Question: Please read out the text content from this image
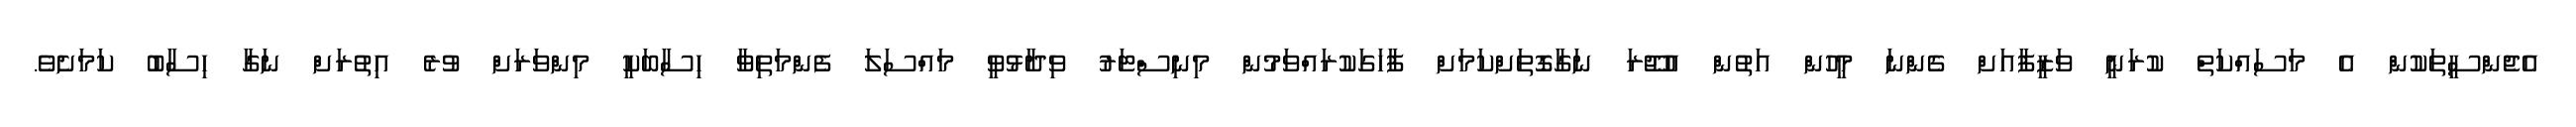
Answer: އެޖެންސީތަކުން އެ މަސައްކަތް ކުރަނީ ވަޒީފާއަށް ގެންނަ މީހުން އަތުން އުޖޫރަ ނަގާގޮތަށްކަމަށް ފާހަގަކުރައްވަމުން މިނިސްޓަރު ވިދާޅުވީ މައްސަލަ ފެންމަތިވާ ހިސާބަކީ މިންވަރަށް ވުރެ އިތުރަށް ނަގާ ހިސާބު ކަމަށެވެ.